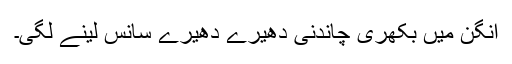
آنگن میں بکھری چاندنی دھیرے دھیرے سانس لینے لگی۔